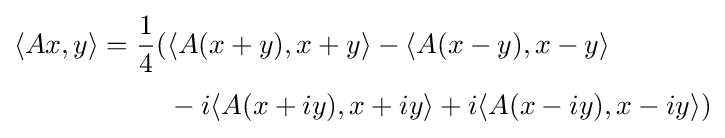
{\begin{aligned}\langle Ax,y\rangle ={\frac {1}{4}}({}&\langle A(x+y),x+y\rangle -\langle A(x-y),x-y\rangle \\[1mm]&{}-i\langle A(x+iy),x+iy\rangle +i\langle A(x-iy),x-iy\rangle )\end{aligned}}